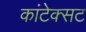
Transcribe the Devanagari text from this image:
कांटेक्सट